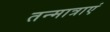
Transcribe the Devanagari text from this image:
तन्मात्राएं